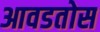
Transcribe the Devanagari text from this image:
आवडतोस